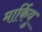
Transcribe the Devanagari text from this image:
मार्कियु